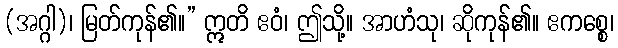
(အဂ္ဂါ)၊ မြတ်ကုန်၏။” ဣတိ ဧဝံ၊ ဤသို့။ အာဟံသု၊ ဆိုကုန်၏။ ဧကစ္စေ၊